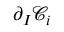
\partial _ { I } \mathcal { C } _ { i }